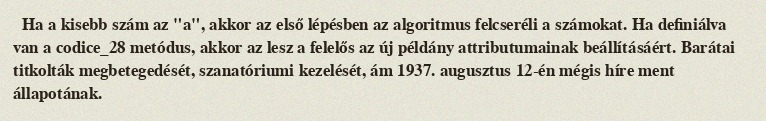
Ha a kisebb szám az "a", akkor az első lépésben az algoritmus felcseréli a számokat. Ha definiálva van a codice_28 metódus, akkor az lesz a felelős az új példány attributumainak beállításáért. Barátai titkolták megbetegedését, szanatóriumi kezelését, ám 1937. augusztus 12-én mégis híre ment állapotának.